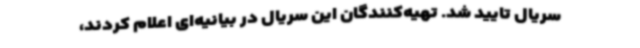
سریال تایید شد. تهیه‌کنندگان این سریال در بیانیه‌ای اعلام کردند،‌